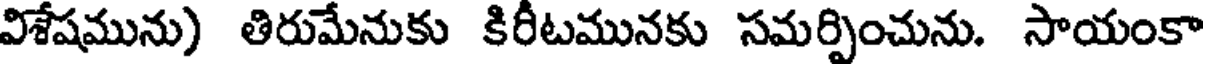
విశేషమును) తిరుమేనుకు కిరీటమునకు సమర్పించును. సాయంకా